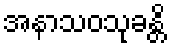
အနာသဝသုခန္တိ